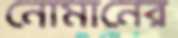
নোমানের